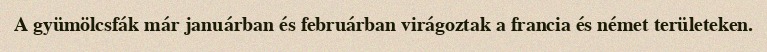
A gyümölcsfák már januárban és februárban virágoztak a francia és német területeken.